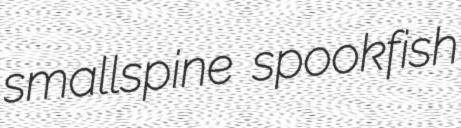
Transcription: smallspine spookfish